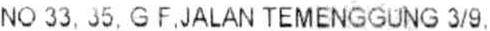
NO 33, 35, G F,JALAN TEMENGGUNG 3/9,